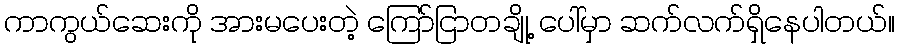
ကာကွယ်ဆေးကို အားမပေးတဲ့ ကြော်ငြာတချို့ ပေါ်မှာ ဆက်လက်ရှိနေပါတယ်။